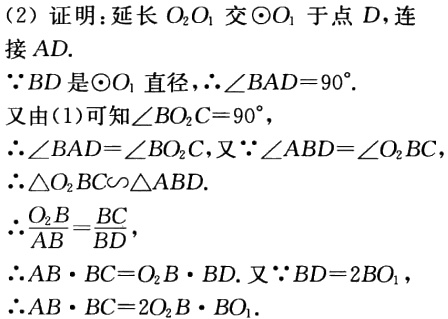
（2）证明：延长 \(O_{2}O_{1}\) 交 \(\odot O_{1}\) 于点 \(D\)，连

接 \(AD\).

\(\because BD\) 是 \(\odot O_{1}\) 直径，\(\therefore\angle BAD = 90^{\circ}\).

又由(1)可知 \(\angle BO_{2}C = 90^{\circ}\)，

\(\therefore\angle BAD=\angle BO_{2}C\)，又 \(\because\angle ABD=\angle O_{2}BC\)

\(\therefore\triangle O_{2}BC\sim\triangle ABD\).

\(\therefore\frac{O_{2}B}{AB}=\frac{BC}{BD}\)，

\(\therefore AB\cdot BC = O_{2}B\cdot BD\). 又 \(\because BD = 2BO_{1}\)，

\(\therefore AB\cdot BC = 2O_{2}B\cdot BO_{1}\).